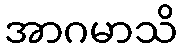
အာဂမာသိ